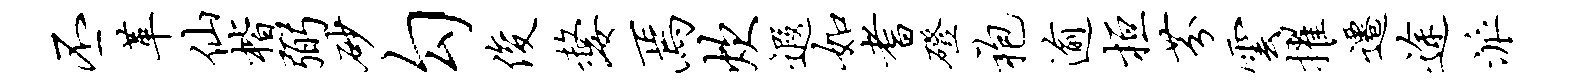
丕革仙楷弼砂勾俊嫠焉炊遐如耆磴袍逾桓芬云擢迁途派